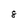
Character: 8